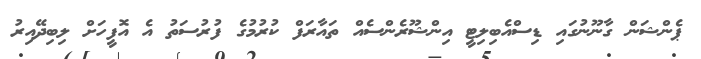
ޕެންޝަން ގާނޫނުގައި ޑިސްއެބިލިޓީ އިންޝޫރެންސެއް ތައާރަފް ކުރުމުގެ ފުރުސަތު އެ އޮފީހަށް ލިބިދޭއިރު